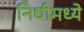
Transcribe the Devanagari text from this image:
निधीमध्ये